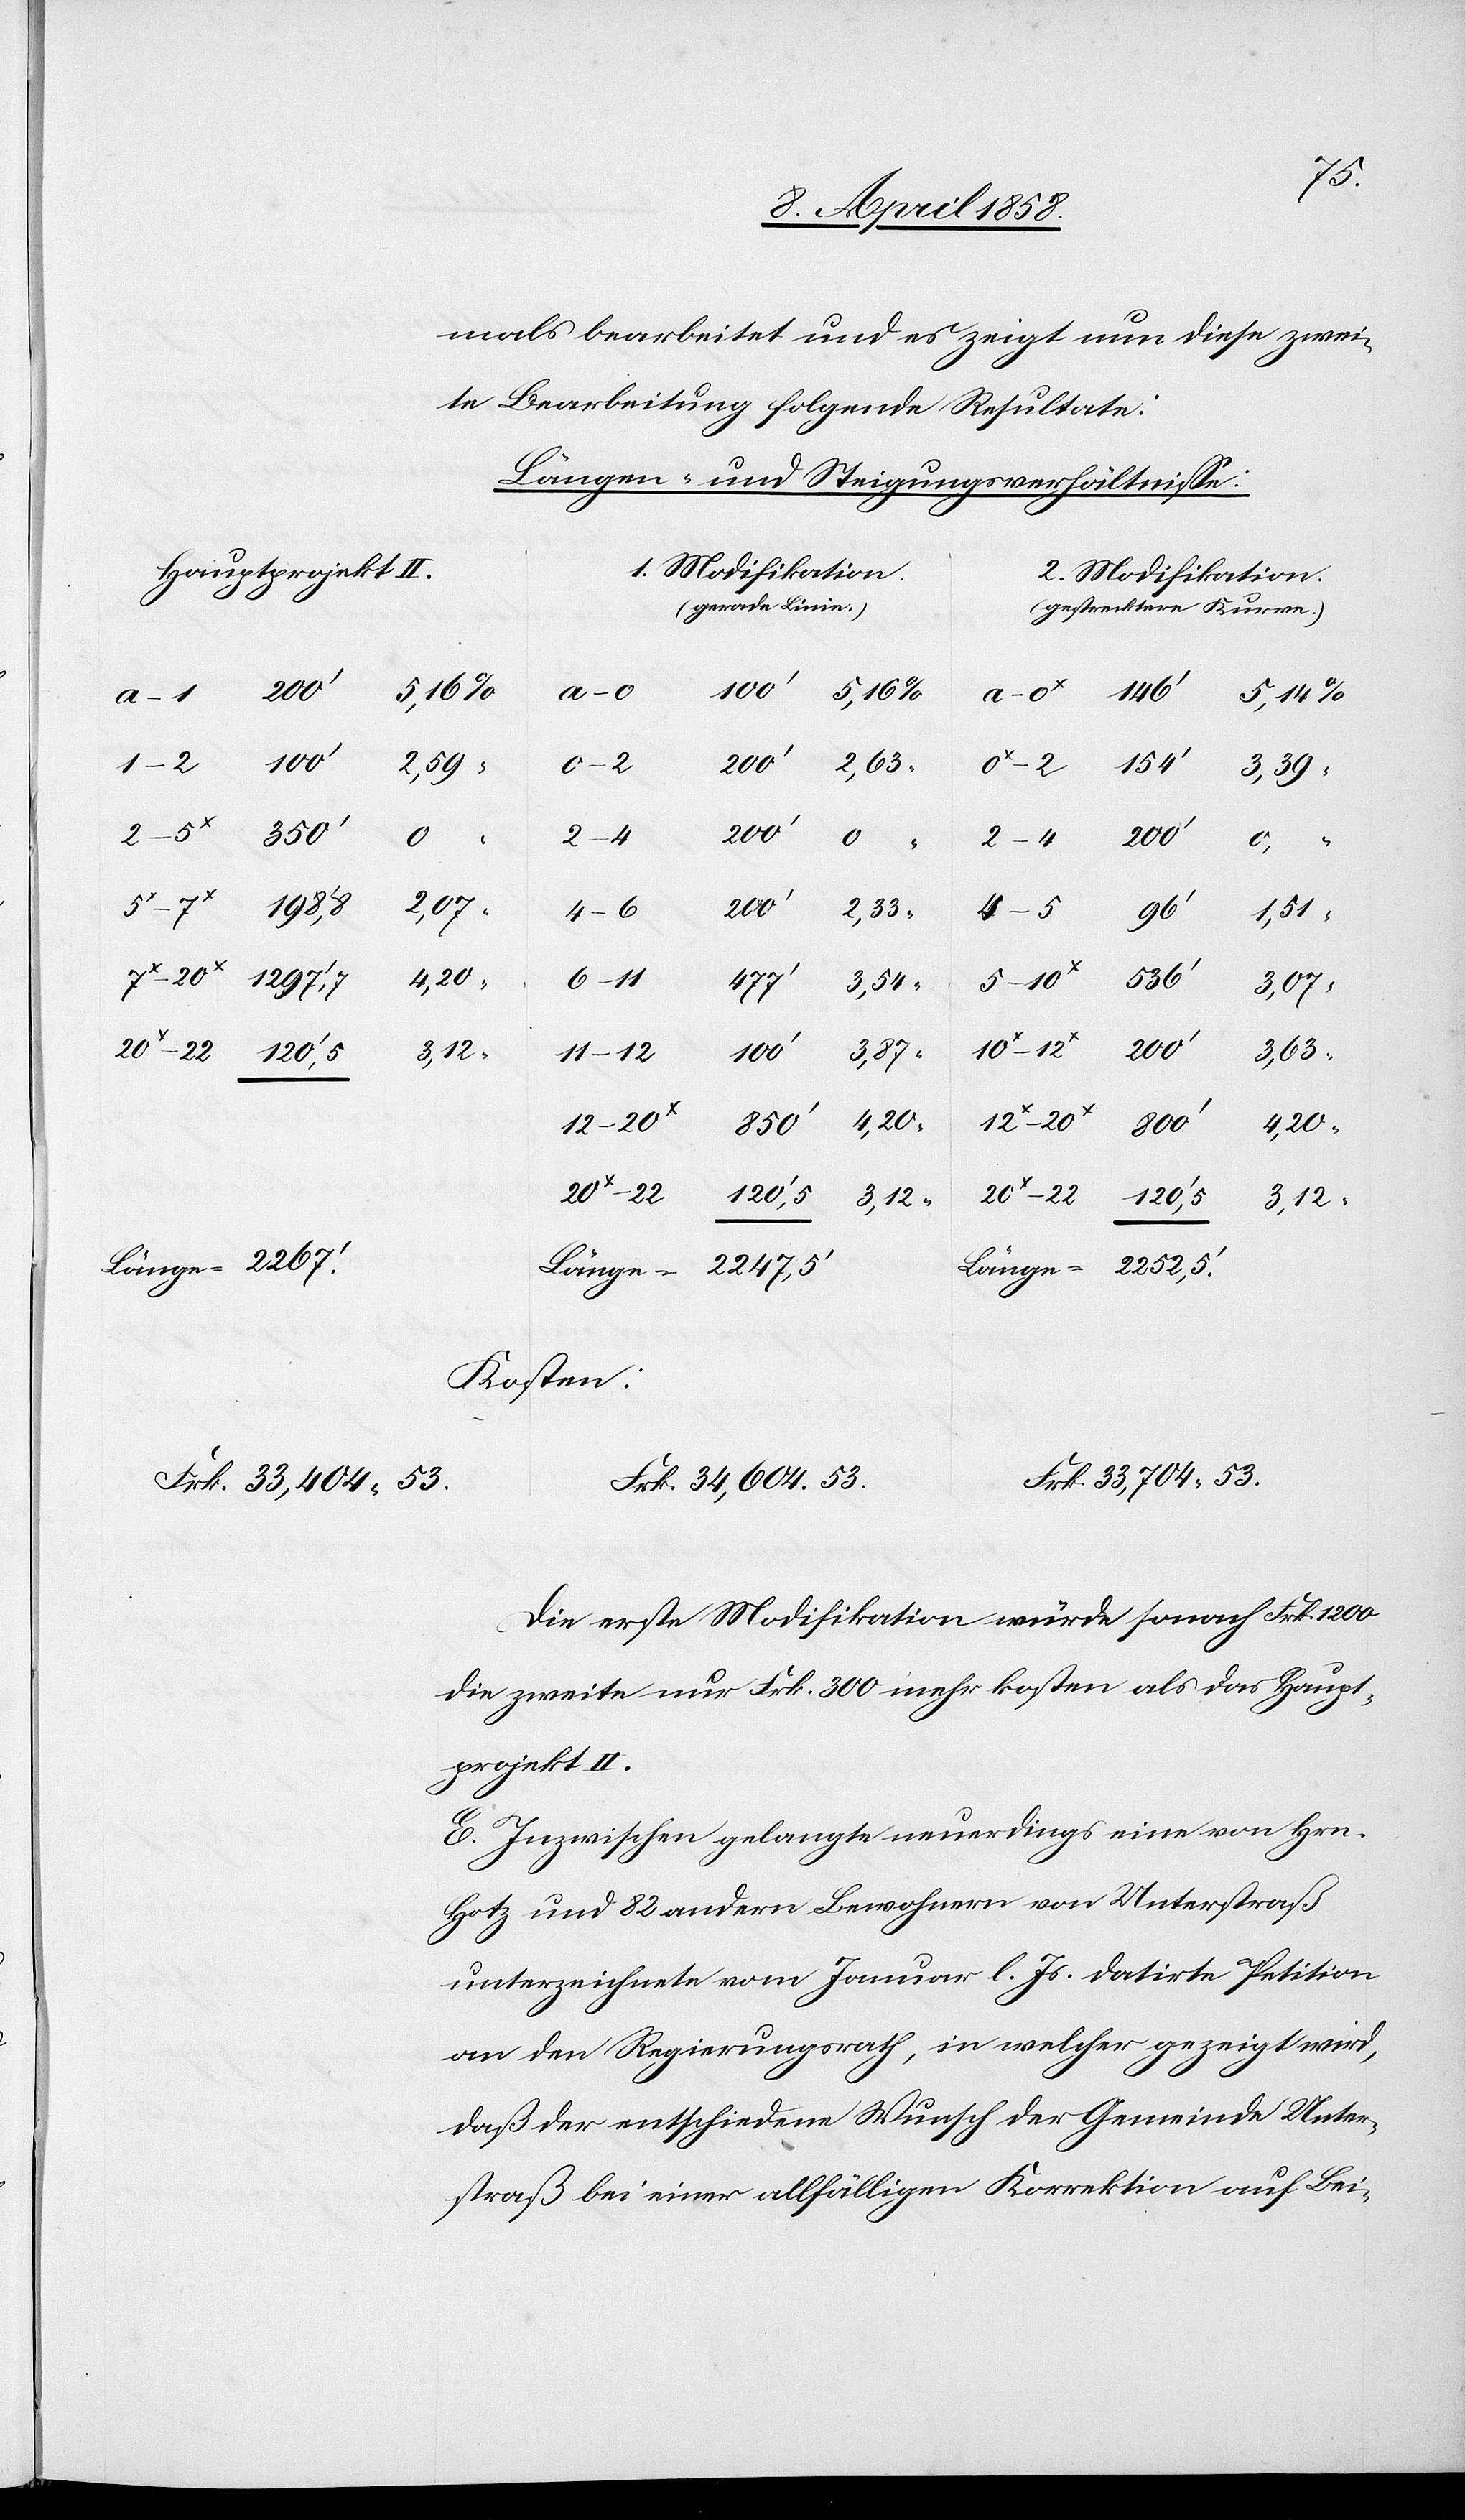
mals bearbeitet und es zeigt nun diese zwei¬
te Bearbeitung folgende Resultate:
Längen- und Steigungsverhältnisse:
1. Modifikation
Hauptprojekt II.
2. Modifikation.
(gerade Linie.)
(gestrecktere Kurve.)
120’,5
0–2
3,54
154’
96’
3,87
3,12
Länge = 2267’
Kosten:
Frk. 33,704 53.
Frk. 34,604 53.
Frk. 33,404 53.
Die erste Modifikation würde sonach Frk. 1200
die zweite nur Frk. 300 mehr kosten als das Haupt¬
projekt II.
E. Inzwischen gelangte neuerdings eine von Hrn.
Hotz und 82 andern Bewohnern von Unterstraß
unterzeichnete vom Januar l. Js. datirte Petition
an den Regierungsrath, in welcher gezeigt wird,
daß der entschiedene Wunsch der Gemeinde Unter¬
straß bei einer allfälligen Korrektion auf Bei-